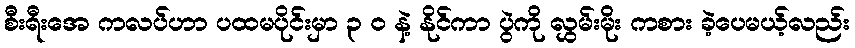
စီးရီးအေ ကလပ်ဟာ ပထမပိုင်းမှာ ၃ ၀ နဲ့ နိုင်ကာ ပွဲကို လွှမ်းမိုး ကစား ခဲ့ပေမယ့်လည်း